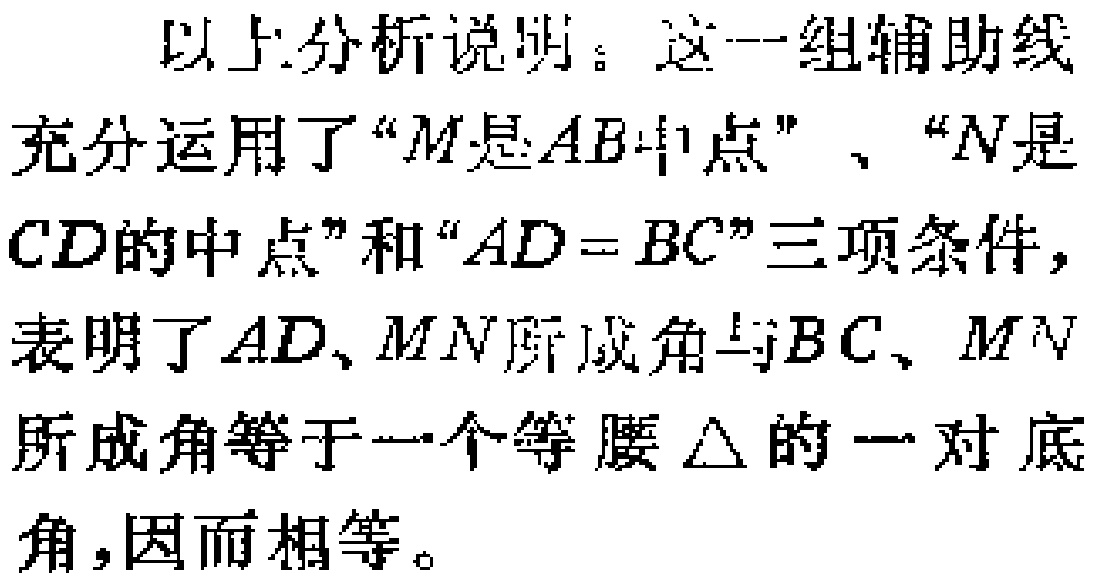
以上分析说明：这一组辅助线充分运用了“\(M\)是\(AB\)中点”、“\(N\)是\(CD\)的中点”和“\(AD = BC\)”三项条件，表明了\(AD\)、\(MN\)所成角与\(BC\)、\(MN\)所成角等于一个等腰\(\triangle\)的一对底角，因而相等。